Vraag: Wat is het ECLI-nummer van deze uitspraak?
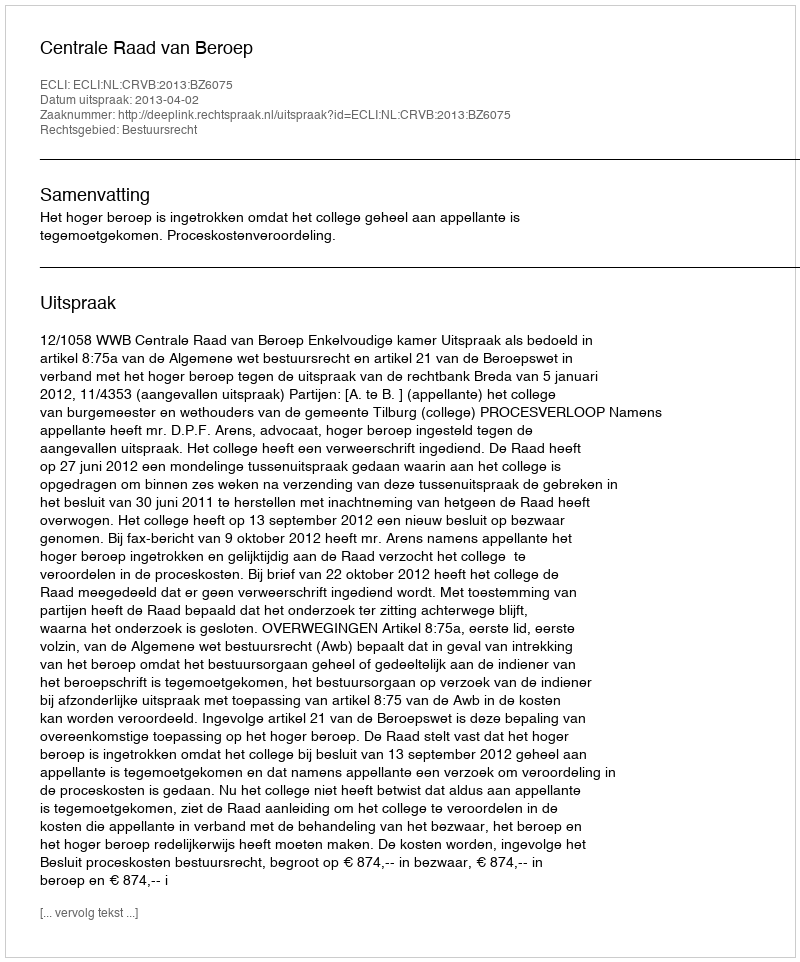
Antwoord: ECLI:NL:CRVB:2013:BZ6075